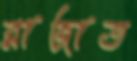
রাজাত